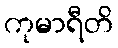
ကုမာရီတိ